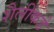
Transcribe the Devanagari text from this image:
शैलीकडे